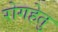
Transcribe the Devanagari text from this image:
रोगहेतु